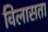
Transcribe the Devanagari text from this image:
विलासता